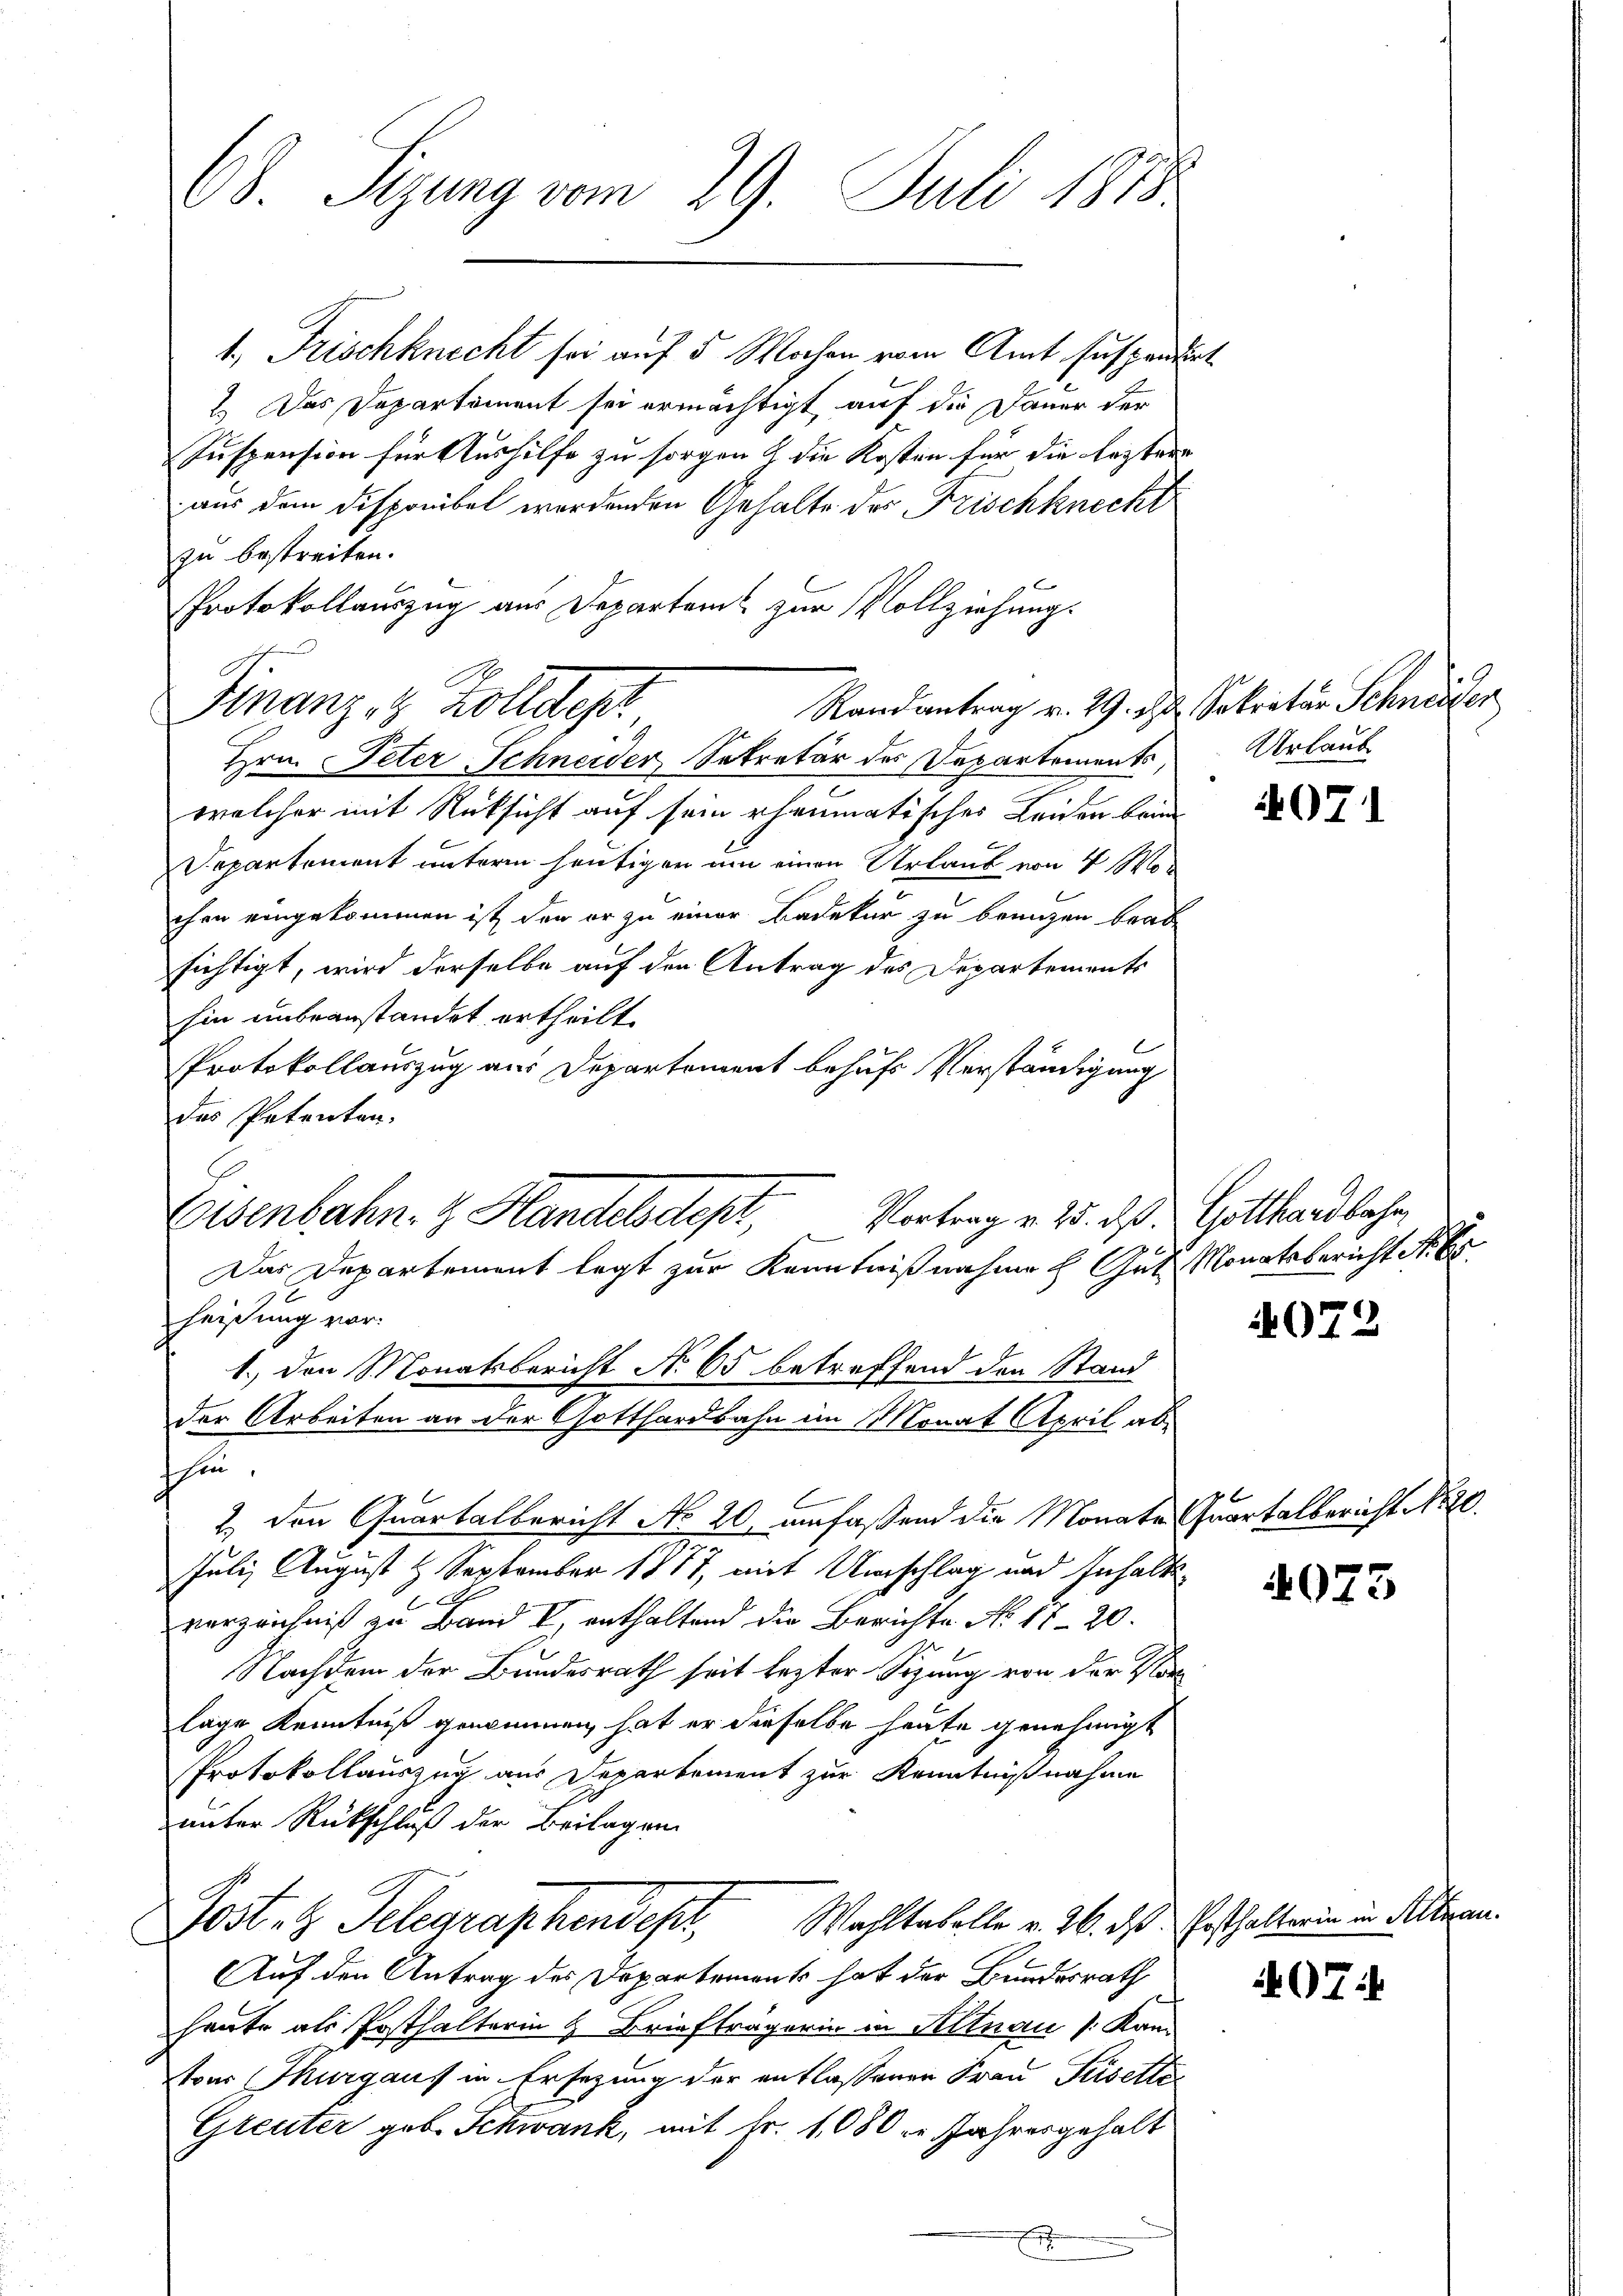
1., Frischknecht sei auf 5 Wochen vom Amt suspendie
1.) Das Departement sei ermächtigt, auf die Dauer der
Suspension für Aushilfe zu sorgen & die Kosten für die leztere
aus dem Disponibel werdenden Gehalte des Frischknecht
zu bestreiten.
Protokollauszug aus Departem zur Vollziehung.
welcher mit Rücksicht auf sein rheumatisches Leiden brin
Departement unterm heutigen am einen Urlaub von 4 Wochen eingekommen ist, den er zu einer Badekar zu bringen beab
sichtigt, wird derselbe auf den Antrag des Departements
hin unbeanstandet ertheilt.
Protokollauszug aus Departement behufs Verständigung
des Petenten.
Eisenbahn- & Handels dest,
Das Departement legt zur Kenntnißnahme h. Gut Monatsbericht No. 65.
heißung vor.
1.) den Monatsbericht No 65 betreffend den Stand
der Arbeiten an der Gotthardbahn im Monat April abshin.
2) den Quartalbericht No 20. anfaßend die Monate Quartalbericht No 20.
Juli, August 1 September 1877, mit Umschlag und Inhalte
2
verzeichniß zu Band V, enthaltend die Berichte No. 1720.
Nachdem der Bundesrath seit lezter Sitzung von der Vorlage Kenntniß geninnnen, hat er derselbe heute genehmigt
Protokollauszug aus Departement zur Kenntnißnahme
unter Rückschluß der Beilagen
Posten Telegraphendept. Wahlenkolle v. 26. das Geschalterin in Alteran.
Auf den Antrag des Departement hat der Bundesrath
heute als Posthalterin & Briefträgerin in Altnau (Kan
toer Thurgaus in Ersezung der entlassenen Frau Pisette
Greuter geb. Schwank, mit Fr. 1080 xr Jahresgehalt

8. Sizung vom 29. Juli 1818.

Randantrag v. 29. d. Sekretär Schneider
Finanz- & Zolldep
Hrn. Peter Schneider Sekretär des Departements,

Vortrag v. 25. dß. Gotthardbahn,

7

i

Urlaub.

4071

4072

4073

7